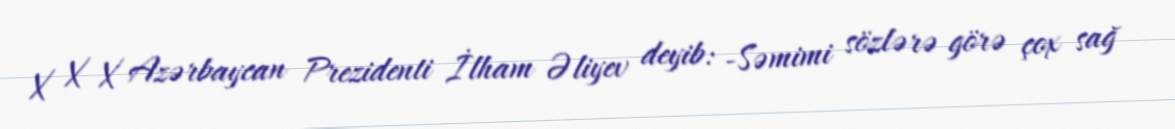
X X X Azərbaycan Prezidenti İlham Əliyev deyib: -Səmimi sözlərə görə çox sağ